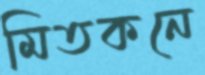
মিতকনে